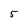
Character: 5